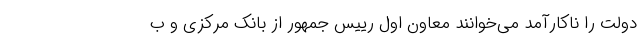
دولت را ناکارآمد می‌خوانند معاون اول رییس جمهور از بانک مرکزی و ب